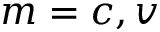
m = c , v